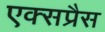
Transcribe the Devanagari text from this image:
एक्‍सप्रैस